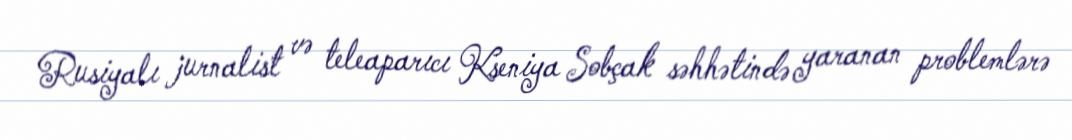
Rusiyalı jurnalist və teleaparıcı Kseniya Sobçak səhhətində yaranan problemlərə